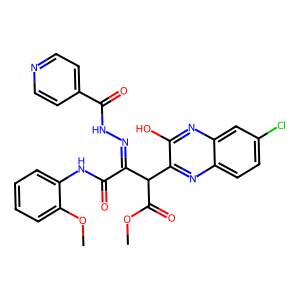
SMILES: COC(=O)C(C(=NNC(=O)c1ccncc1)C(=O)Nc1ccccc1OC)c1nc2ccc(Cl)cc2nc1O
Inhibits HIV replication: No